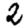
Digit: 2